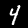
Label: 4